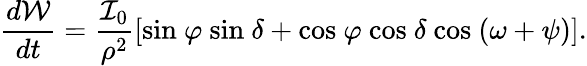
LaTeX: \frac{d\mathcal{W}}{dt}=\frac{\mathcal{I}_{0}}{\rho^{2}}[\textrm{sin}\ \varphi\ \textrm{sin}\ \delta+\textrm{cos}\ \varphi\ \textrm{cos}\ \delta\ \textrm{cos}\ (\omega+\psi)].